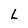
Character: L